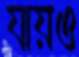
যায়ও